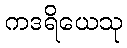
ကဒရိယေသု